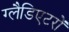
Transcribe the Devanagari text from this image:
ग्लैडिएटरों